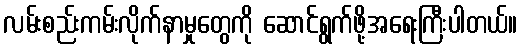
လမ်းစည်းကမ်းလိုက်နာမှုတွေကို ဆောင်ရွက်ဖို့အရေးကြီးပါတယ်။